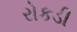
રોકડી